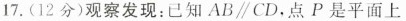
17.(12分)观察发现：已知AB\parallel CD，点P是平面上